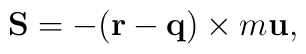
{\bf S}=-({\bf r}-{\bf q})\times m{\bf u},